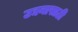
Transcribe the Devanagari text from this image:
उद्यनासाठी